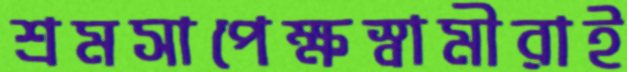
শ্রমসাপেক্ষস্বামীরাই